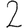
Digit: 2